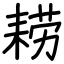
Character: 耢